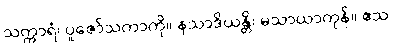
သက္ကာရံ၊ ပူဇော်သကာကို။ နသာဒိယန္တိ၊ မသာယာကုန်။ ဧသ၊